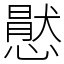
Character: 㦔